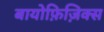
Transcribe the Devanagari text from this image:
बायोफ़िज़िक्स